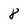
Character: 8